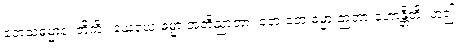
တေသံဓမ္မာနံ၊ တို့ကို။ ယေယေ ဓမ္မာ အဘိညာတာ၊ တေ တေ ဓမ္မာ ဉာတာ ဟောန္တီတိ၊ ဟူ၍။